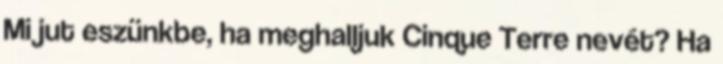
Mi jut eszünkbe, ha meghalljuk Cinque Terre nevét? Ha